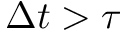
\Delta t > \tau